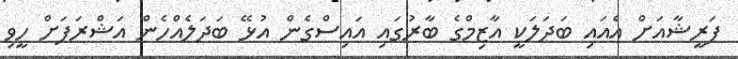
ފަރީޝާއަށް އެއައި ބަދަލަކީ އާޒިމްގެ ބާރުގައި އައިސްގެން އުޅޭ ބަދަލެއްހެން އަޝްރަފަށް ހީވި